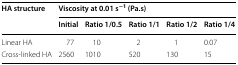
| <ROWSPAN=2> HA structure | <COLSPAN=5> Viscosity at 0.01 s−1 (Pa.s) |
 | Initial | Ratio 1/0.5 | Ratio 1/1 | Ratio 1/2 | Ratio 1/4 |
 | --- | --- | --- | --- | --- | --- |
 | Linear HA | 77 | 10 | 2 | 1 | 0.07 |
 | Cross-linked HA | 2560 | 1010 | 520 | 130 | 15 |